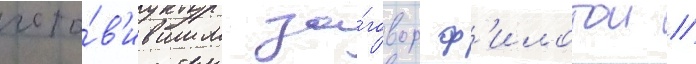
гото́в'ившим за́говор ф'илотои //